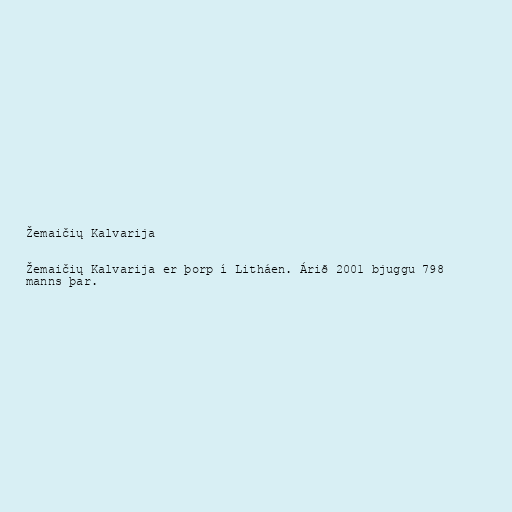
Žemaičių Kalvarija

Žemaičių Kalvarija er þorp í Litháen. Árið 2001 bjuggu 798
manns þar.